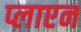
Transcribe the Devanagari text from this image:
प्लाएन